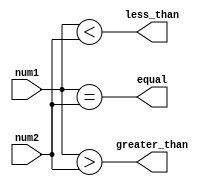
module inequality_comparator (
    input wire [7:0] num1,
    input wire [7:0] num2,
    output wire greater_than,
    output wire less_than,
    output wire equal
);

assign greater_than = (num1 > num2);
assign less_than = (num1 < num2);
assign equal = (num1 == num2);

endmodule